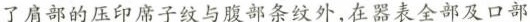
了肩部的压印席子纹与腹部条纹外，在器表全部及口部